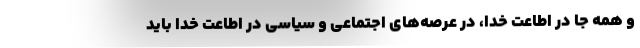
و همه جا در اطاعت خدا، در عرصه‌های اجتماعی و سیاسی در اطاعت خدا باید